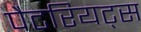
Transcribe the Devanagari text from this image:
पैटरियट्स